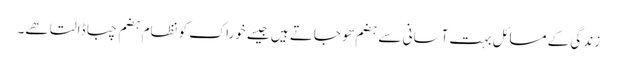
زندگی کے مسائل بہت آسانی سے ہضم ھو جاتے ہیں جیسے خوراک کو نظام ہضم چبا ڈالتا ھے۔